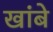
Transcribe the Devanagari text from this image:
खांबे